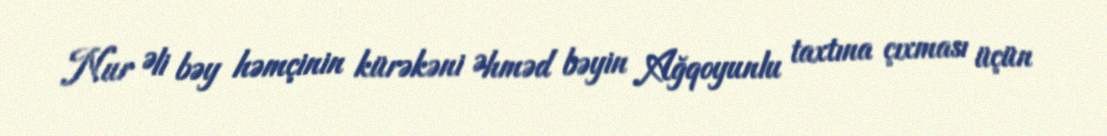
Nur Əli bəy həmçinin kürəkəni Əhməd bəyin Ağqoyunlu taxtına çıxması üçün